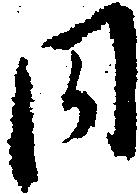
同